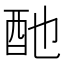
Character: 酏